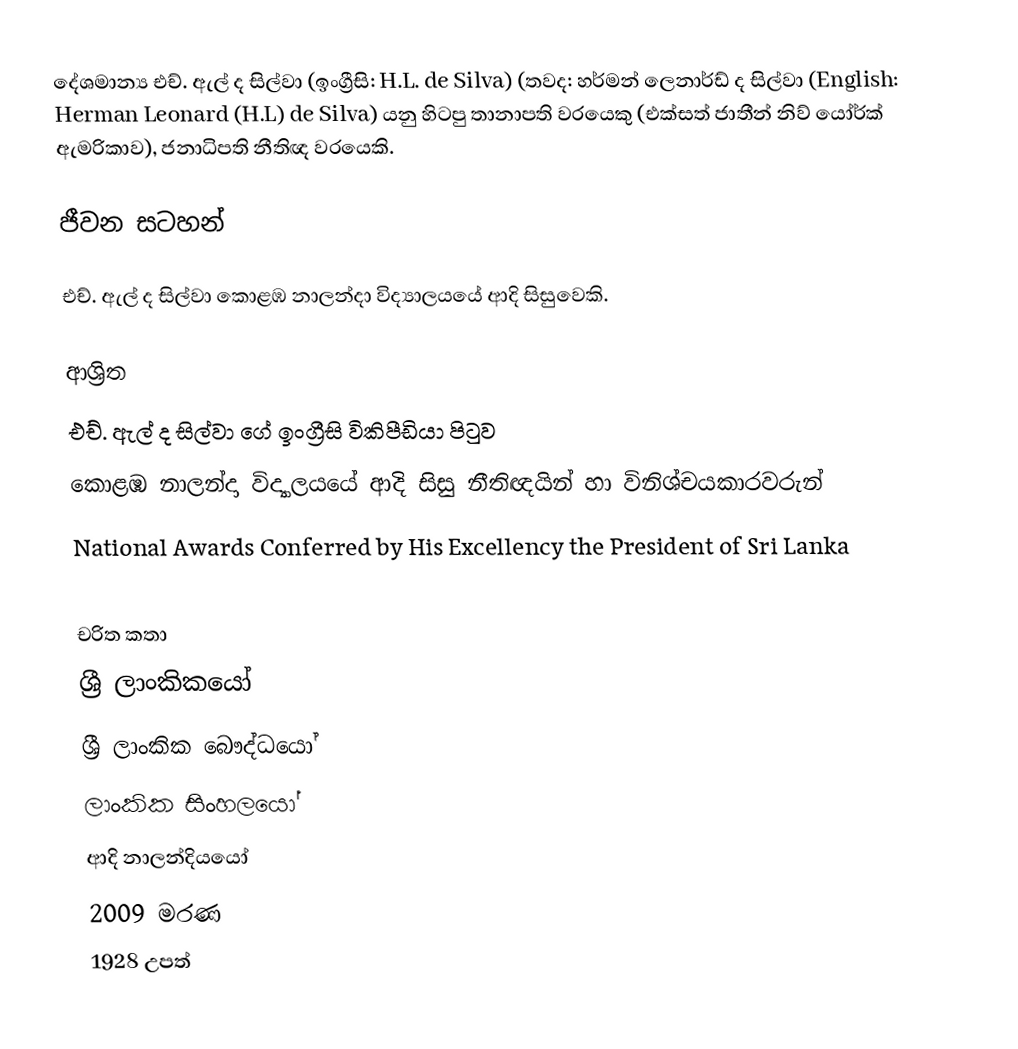
දේශමාන්‍ය එච්. ඇල් ද සිල්වා (ඉංග්‍රීසි: H.L. de Silva) (තවද: හර්මන් ලෙනාර්ඩ් ද සිල්වා (English: Herman Leonard (H.L) de Silva) යනු  හිටපු තානාපති වරයෙකු (එක්සත් ජාතීන් නිව් යෝර්ක් ඇමරිකාව), ජනාධිපති නීතිඥ වරයෙකි.

ජීවන සටහන්

එච්. ඇල් ද සිල්වා  කොළඹ නාලන්දා විද්‍යාලයයේ ආදි සිසුවෙකි.

ආශ්‍රිත
 එච්. ඇල් ද සිල්වා ගේ ඉංග්‍රීසි විකිපීඩියා පිටුව
 කොළඹ නාලන්දා විද්‍යාලයයේ ආදි සිසු නීතිඥයින් හා විනිශ්චයකාරවරුන්
 National Awards Conferred by His Excellency the President of Sri Lanka

චරිත කතා
ශ්‍රී ලාංකිකයෝ
ශ්‍රී ලාංකික බෞද්ධයෝ
ලාංකික සිංහලයෝ
ආදි නාලන්දියයෝ
2009 මරණ
1928 උපත්